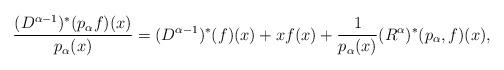
LaTeX: \begin{align*}\dfrac{(D^{\alpha-1})^*(p_\alpha f)(x)}{p_\alpha(x)} = (D^{\alpha-1})^{*}(f)(x) + xf(x) + \frac{1}{p_\alpha(x)}(R^{\alpha})^*(p_\alpha , f)(x),\end{align*}